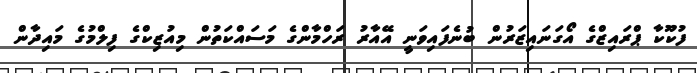
ފުކޫކާ ޕްރައިޒްގެ އޯގަނައިޒަރުން ބުނެފައިވަނީ އޭއާރު ރަހްމާންގެ މަސައްކަތުން މިއުޒިކްގެ ފިލްމުގެ މައިދާން